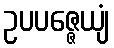
ဥပပဇ္ဇေယျံ